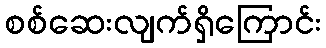
စစ်ဆေးလျက်ရှိကြောင်း